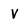
Character: V